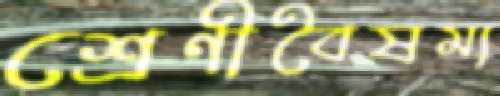
শ্রেণীবৈষম্য